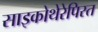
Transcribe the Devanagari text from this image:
साइकोथेरेपिस्त